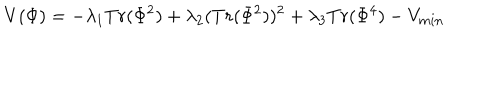
V ( \Phi ) = - \lambda _ { 1 } T r ( \Phi ^ { 2 } ) + \lambda _ { 2 } ( T r ( \Phi ^ { 2 } ) ) ^ { 2 } + \lambda _ { 3 } T r ( \Phi ^ { 4 } ) - V _ { m i n }